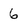
Character: 6